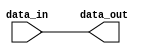
module c_spreader
  (data_in, data_out);
   parameter width = 32;
   function integer pop_count(input [0:width-1] argument);
      integer i;
      begin
	 pop_count = 0;
	 for(i = 0; i < width; i = i + 1)
	   pop_count = pop_count + argument[i];
      end
   endfunction
   parameter [0:width-1] mask = {width{1'b1}};
   localparam new_width = pop_count(mask);
   input [0:new_width-1] data_in;
   output [0:width-1] data_out;
   reg [0:width-1] data_out;
   integer 	   idx1, idx2;
   always @(data_in)
     begin
	idx2 = 0;
	for(idx1 = 0; idx1 < width; idx1 = idx1 + 1)
	  if(mask[idx1] == 1'b1)
	    begin
	       data_out[idx1] = data_in[idx2];
	       idx2 = idx2 + 1;
	    end
	  else
	    data_out[idx1] = 1'b0;
     end
endmodule